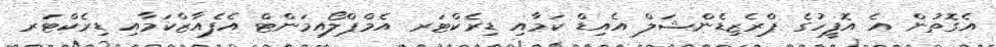
އެގޮތުން އެ އޮފީހުގެ ޕްރެޒިޑެންޝަލް އެއިޑް ކަމާއި ޑިރެކްޓަރ އެމްޕްލޯއިމަންޓް އެފެއާޒްކަމާއި ޑިރެކްޓަރ